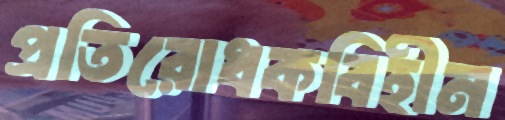
প্রতিরোধকবিহীন